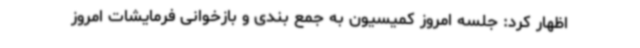
اظهار کرد: جلسه امروز کمیسیون به جمع بندی و بازخوانی فرمایشات امروز